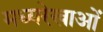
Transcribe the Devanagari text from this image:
मध्यरेखाओं